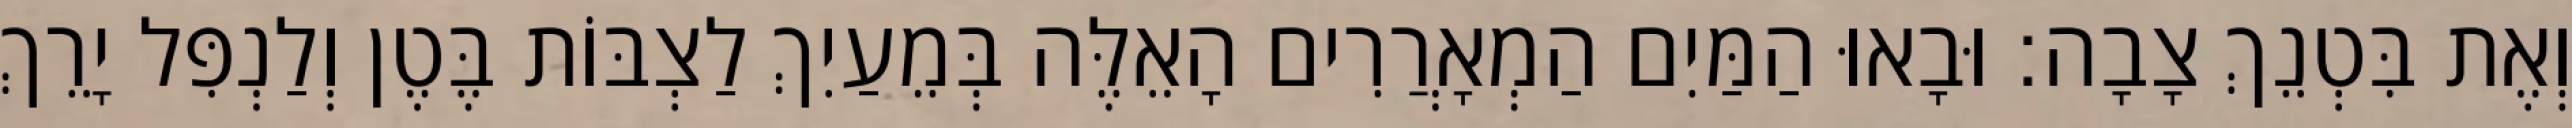
וְאֶת בִּטְנֵךְ צָבָה׃ וּבָאוּ הַמַּיִם הַמְאָרֲרִים הָאֵלֶּה בְּמֵעַיִךְ לַצְבּוֹת בֶּטֶן וְלַנְפִּל יָרֵךְ